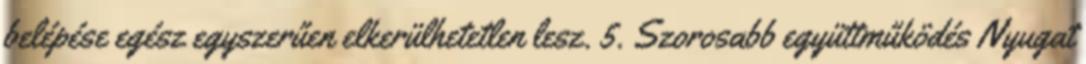
belépése egész egyszerűen elkerülhetetlen lesz. 5. Szorosabb együttműködés Nyugat